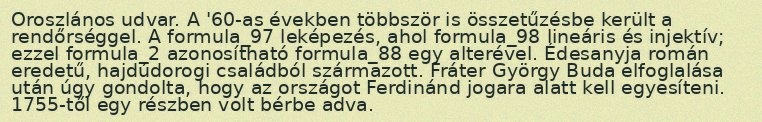
Oroszlános udvar. A '60-as években többször is összetűzésbe került a rendőrséggel. A formula_97 leképezés, ahol formula_98 lineáris és injektív; ezzel formula_2 azonosítható formula_88 egy alterével. Édesanyja román eredetű, hajdúdorogi családból származott. Fráter György Buda elfoglalása után úgy gondolta, hogy az országot Ferdinánd jogara alatt kell egyesíteni. 1755-től egy részben volt bérbe adva.